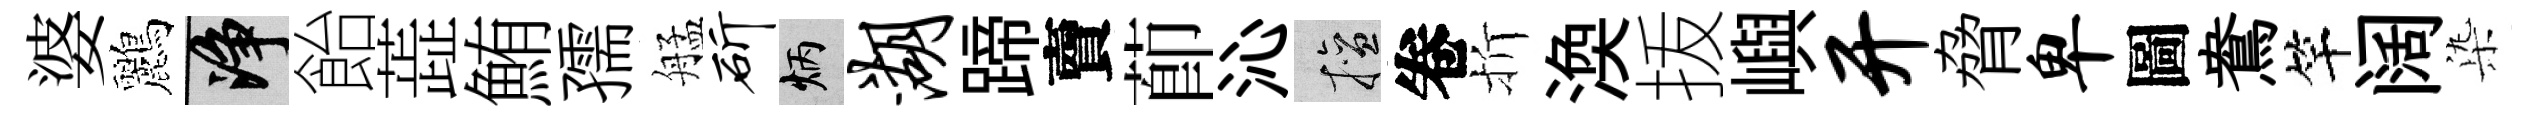
婆鸝净飴蕋鮪孺艋斫炳湖蹄𧶠莭沁擅卷折渙㧞嶼开脅卑圖鴦竿阔𣑱